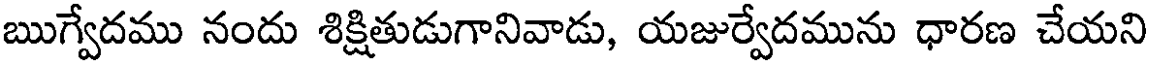
ఋగ్వేదము నందు శిక్షితుడుగానివాడు, యజుర్వేదమును ధారణ చేయని